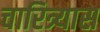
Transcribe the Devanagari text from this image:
चारित्र्यास